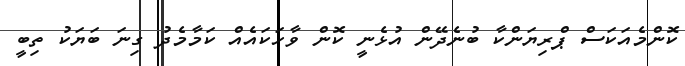
ކޮންމެއަކަސް ޕްރިޔަންކާ ބުނެދޭން އުޅެނީ ކޮން ވާހަކައެއް ކަމާމެދު ގިނަ ބަޔަކު ތިބީ